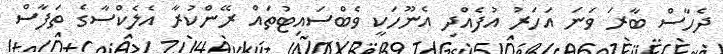
ދެހާސް ބާރަ ވަނަ އަހަރު އުފެއްދި އެނޫހަކީ ވެބްސައިޓުތައް ރޭންކުރާ އެލެކްސާގެ ތަފާސް